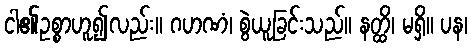
ငါ၏ဥစ္စာဟူ၍လည်း။ ဂဟဏံ၊ စွဲယူခြင်းသည်။ နတ္ထိ၊ မရှိ။ ပန၊